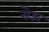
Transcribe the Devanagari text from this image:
रोऊ